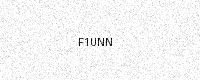
Text: F1UNN